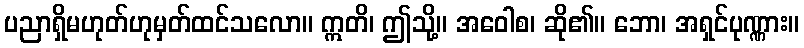
ပညာရှိမဟုတ်ဟုမှတ်ထင်သလော။ ဣတိ၊ ဤသို့။ အဝေါစ၊ ဆို၏။ ဘော၊ အရှင်ပုဏ္ဏား။